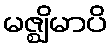
မဇ္ဈိမာပိ